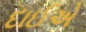
દાઈએ